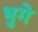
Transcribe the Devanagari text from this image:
भुगे